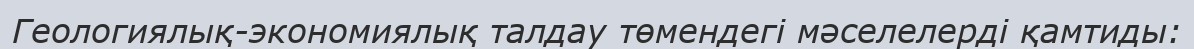
Геологиялық-экономиялық талдау төмендегі мәселелерді қамтиды: